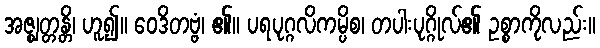
အဇ္ဈတ္တန္တိ၊ ဟူ၍။ ဝေဒိတဗ္ဗံ၊ ၏။ ပရပုဂ္ဂလိကမ္ပိစ၊ တပါးပုဂ္ဂိုလ်၏ ဥစ္စာကိုလည်း။